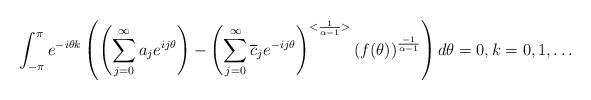
LaTeX: \begin{align*} \int_{-\pi}^{\pi} e^{-i\theta k} \left( \left(\sum_{j = 0}^{\infty}a_j e^{i j \theta}\right) - \left(\sum_{j = 0}^{\infty} \overline{c}_j e^{-i j \theta} \right)^{<\frac{1}{\alpha - 1}>} \left( f(\theta) \right)^{\frac{-1}{\alpha - 1}}\right) d\theta = 0, k = 0, 1,\dots \end{align*}